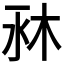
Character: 𣐫